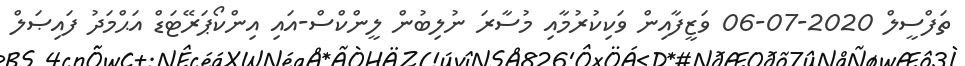
ތަފްސީލް 2020-07-06 ވަޒީފާއިން ވަކިކުރުމާއި މުސާރަ ނުލިބުން ލީންކްސް-އައި އިންކޯޕަރޭޓަޑް އަޙްމަދު ފައިޞަލް